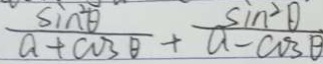
\frac { \sin ^ { 2 } \theta } { a + \cos \theta } + \frac { \sin ^ { 2 } \theta } { a - \cos \theta }